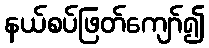
နယ်စပ်ဖြတ်ကျော်၍